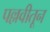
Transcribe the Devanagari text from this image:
पल्लवीतून